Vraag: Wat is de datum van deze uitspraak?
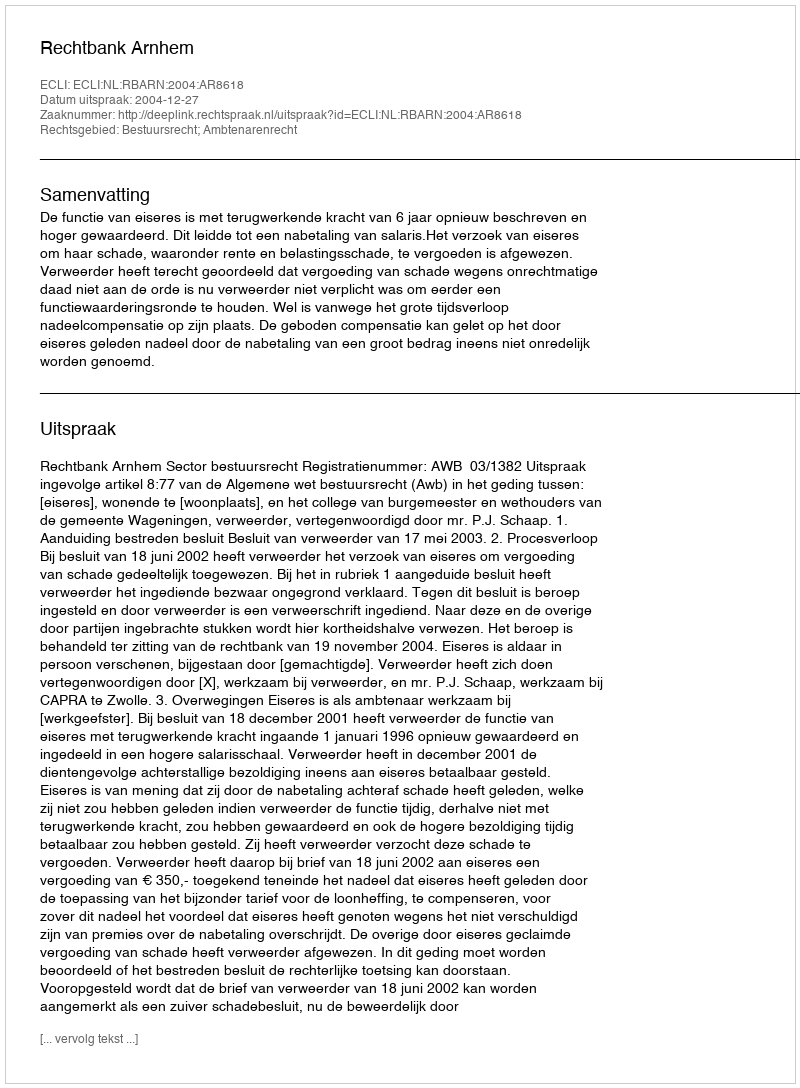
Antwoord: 2004-12-27